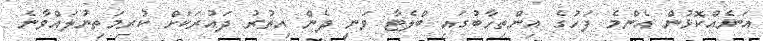
އަނެއްކޮޅުން އެންމެ ފަހުގެ އިންތިހާބުގައި ބްލެޓާ ވަނީ ދެން އިތުރު ދައުރަކަށް ކުރިމަތިނުލައްވާނެ